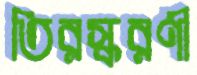
তিরস্করণী